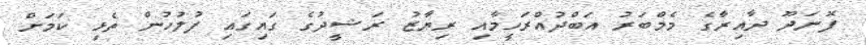
ފޮނަދޫ ދާއިރާގެ މެމްބަރު އަބްދުއްރަހީމާއި ރިޔާޒު ރަޝީދުގެ ގައިގައި ފުލުހުން ތެޅި ކަމަށް